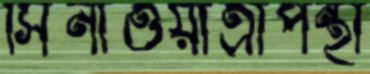
সিনাওয়াত্রাপন্থী